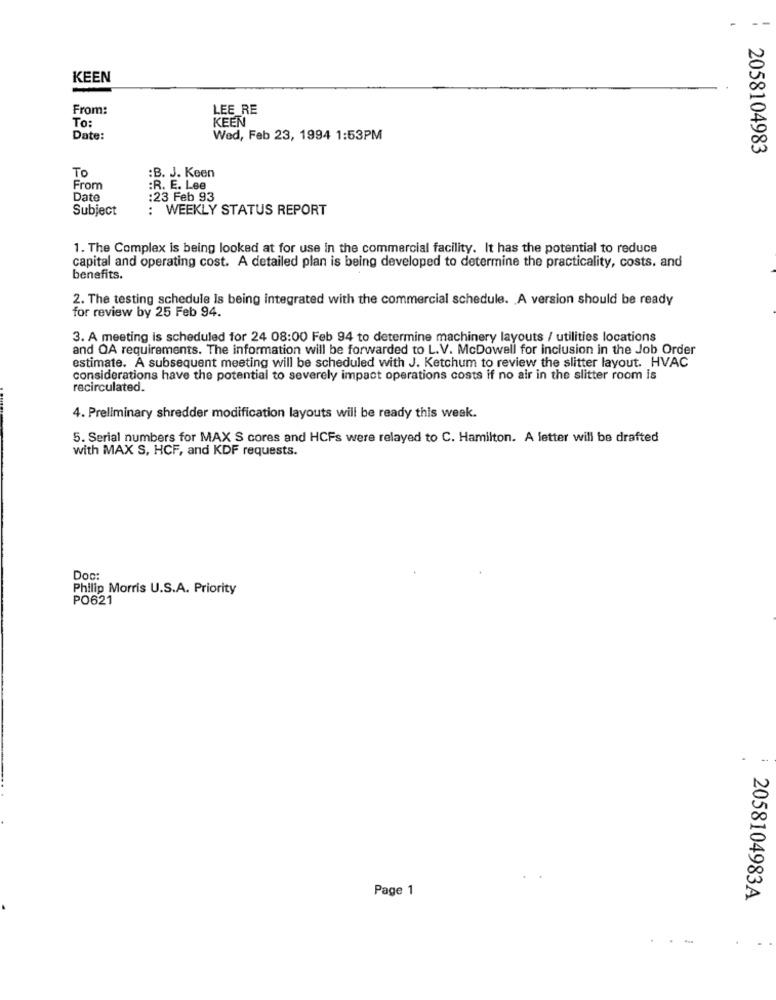
KEEN
From:
LEE_RE
To:
KEEN
Date:
Wed, Feb 23, 1994 1:53PM
2058104983
To
:B. J. Keen
From
:R. E. Lee
Date
:23 Feb 93
Subject
: WEEKLY STATUS REPORT
1. The Complex is being looked at for use in the commercial facility. It has the potential to reduce
capital and operating cost. A detailed plan is being developed to determine the practicality, costs, and
benefits.
2. The testing schedule Is being integrated with the commercial schedule. A version should be ready
for review by 25 Feb 94.
3. A meeting is scheduled for 24 08:00 Feb 94 to determine machinery layouts / utilities locations
and OA requirements. The information will be forwarded to L.V. McDowell for inclusion in the Job Order
estimate. A subsequent meeting will be scheduled with J. Ketchum to review the slitter layout. HVAC
considerations have the potential to severely impact operations costs if no air in the slitter room is
recirculated.
4. Preliminary shredder modification layouts will be ready this week.
5. Serial numbers for MAX S cores and HCFs were relayed to C. Hamilton. A letter will be drafted
with MAX S, HCF, and KDF requests.
Doc:
Philip Morris U.S.A. Priority
PO621
Page 1
2058104983A
.